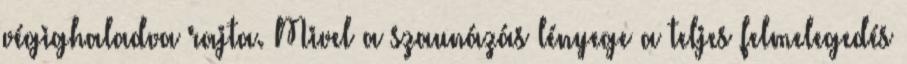
végighaladva rajta. Mivel a szaunázás lényege a teljes felmelegedés